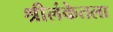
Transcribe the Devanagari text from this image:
श्रीलंकेतला